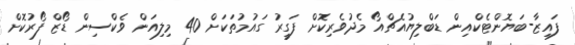
ފައިޒާ-ބަޔޮންޓެކްއިން ޑަބްލިޔުއެޗްއޯ މެދުވެރިކޮށް ފަގީރު ގައުމުތަކަށް 40 މިލިއަން ވެކްސިން ޑޯޒް ފޯރުކޮށް